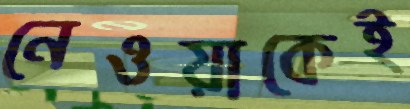
নেওয়াকেই